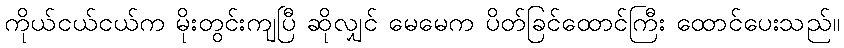
ကိုယ်ငယ်ငယ်က မိုးတွင်းကျပြီ ဆိုလျှင် မေမေက ပိတ်ခြင်ထောင်ကြီး ထောင်ပေးသည်။